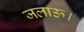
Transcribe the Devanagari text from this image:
जलाऊ।